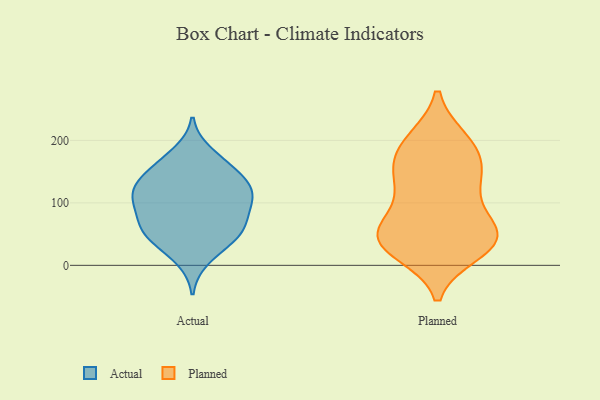
{"axis": {"x": "LTV (USD)", "y": "Value"}, "legend": ["Actual", "Planned"], "data": [{"x": "", "y": 85, "type": "Actual"}, {"x": "", "y": 56, "type": "Actual"}, {"x": "", "y": 102, "type": "Actual"}, {"x": "", "y": 80, "type": "Actual"}, {"x": "", "y": 55, "type": "Actual"}, {"x": "", "y": 124, "type": "Actual"}, {"x": "", "y": 139, "type": "Actual"}, {"x": "", "y": 108, "type": "Actual"}, {"x": "", "y": 35, "type": "Actual"}, {"x": "", "y": 53, "type": "Actual"}, {"x": "", "y": 110, "type": "Actual"}, {"x": "", "y": 116, "type": "Actual"}, {"x": "", "y": 155, "type": "Actual"}, {"x": "", "y": 10, "type": "Actual"}, {"x": "", "y": 51, "type": "Actual"}, {"x": "", "y": 134, "type": "Actual"}, {"x": "", "y": 180, "type": "Actual"}, {"x": "", "y": 162, "type": "Actual"}, {"x": "", "y": 27, "type": "Planned"}, {"x": "", "y": 200, "type": "Planned"}, {"x": "", "y": 56, "type": "Planned"}, {"x": "", "y": 84, "type": "Planned"}, {"x": "", "y": 165, "type": "Planned"}, {"x": "", "y": 192, "type": "Planned"}, {"x": "", "y": 117, "type": "Planned"}, {"x": "", "y": 198, "type": "Planned"}, {"x": "", "y": 151, "type": "Planned"}, {"x": "", "y": 150, "type": "Planned"}, {"x": "", "y": 46, "type": "Planned"}, {"x": "", "y": 45, "type": "Planned"}, {"x": "", "y": 128, "type": "Planned"}, {"x": "", "y": 44, "type": "Planned"}, {"x": "", "y": 39, "type": "Planned"}, {"x": "", "y": 47, "type": "Planned"}, {"x": "", "y": 22, "type": "Planned"}]}